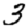
Digit: 3